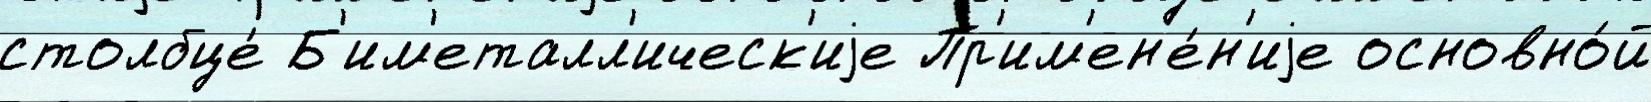
столбце́ Б'им'еталл'ическ'иjе Пр'им'ен'е́н'иjе основно́й